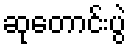
ဆုတောင်းပွဲ